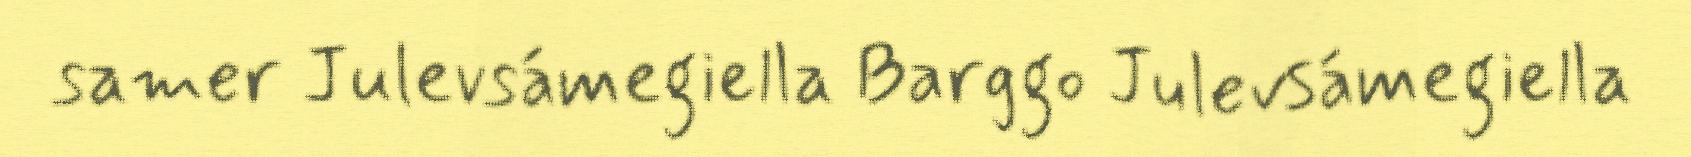
samer Julevsámegiella Barggo Julevsámegiella